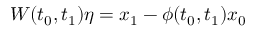
W ( t _ { 0 } , t _ { 1 } ) \eta = x _ { 1 } - \phi ( t _ { 0 } , t _ { 1 } ) x _ { 0 }